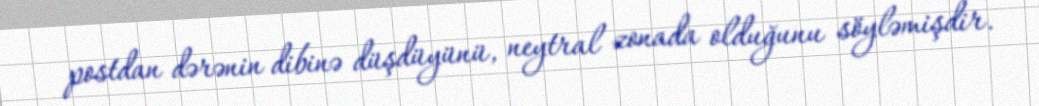
postdan dərənin dibinə düşdüyünü, neytral zonada olduğunu söyləmişdir.